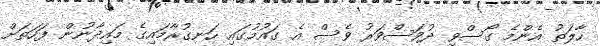
ހާލަތު އެންމެ ގޯސްވި ދުވަސްވަރު ވެސް އެ ގައުމުގައި ހަނގުރާމައިގެ މައިދާނުން ފަހަތަށް